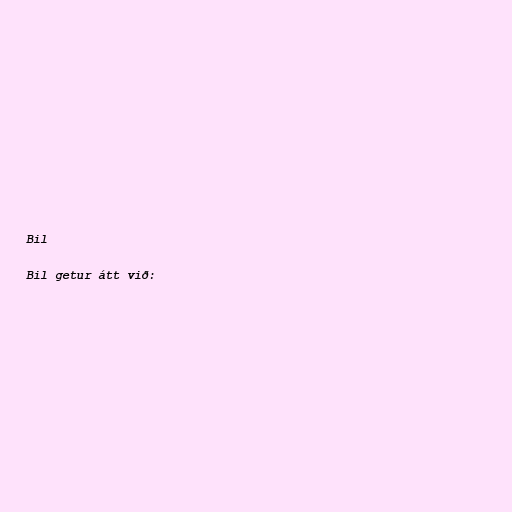
Bil

Bil getur átt við: